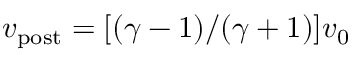
v _ { \mathrm { p o s t } } = [ ( \gamma - 1 ) / ( \gamma + 1 ) ] v _ { 0 }